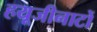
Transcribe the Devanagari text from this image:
हयूजीनाटों